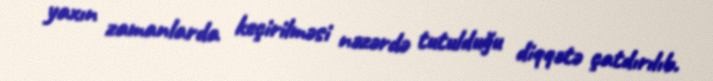
yaxın zamanlarda keçirilməsi nəzərdə tutulduğu diqqətə çatdırılıb.